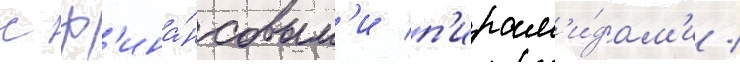
с ф'ина́нсовым'и п'ирам'и́дам'и /